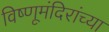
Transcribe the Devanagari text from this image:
विष्णूमंदिरांच्या